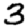
Digit: 3